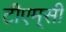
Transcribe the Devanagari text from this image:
टीएम्‌सी